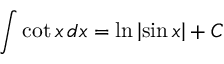
\int \cot { x } \, d x = \ln { \left| \sin { x } \right| } + C